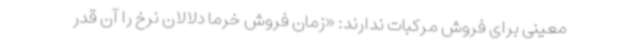
معینی برای فروش مرکبات ندارند: «زمان فروش خرما دلالان نرخ را آن قدر